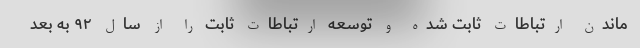
ماندن ارتباطات ثابت شده و توسعه ارتباطات ثابت را از سال ۹۲ به بعد